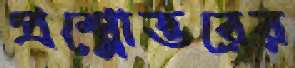
প্রশ্নোত্তরের